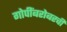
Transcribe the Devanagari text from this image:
गोपींबरोबरची